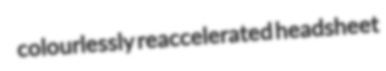
colourlessly reaccelerated headsheet